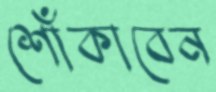
শোঁকাবেন